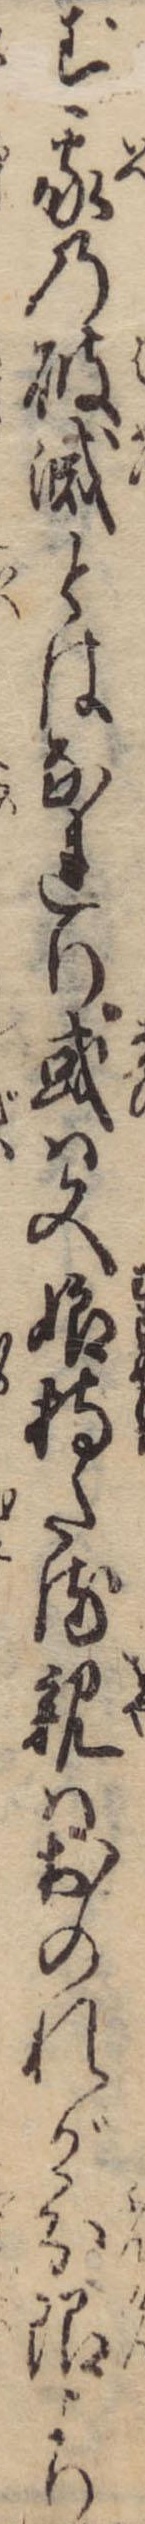
ず家の破滅とはなれり或は又娘持たる親はおのれが分限より